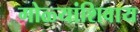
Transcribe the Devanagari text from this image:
गोळ्यांशिवाय